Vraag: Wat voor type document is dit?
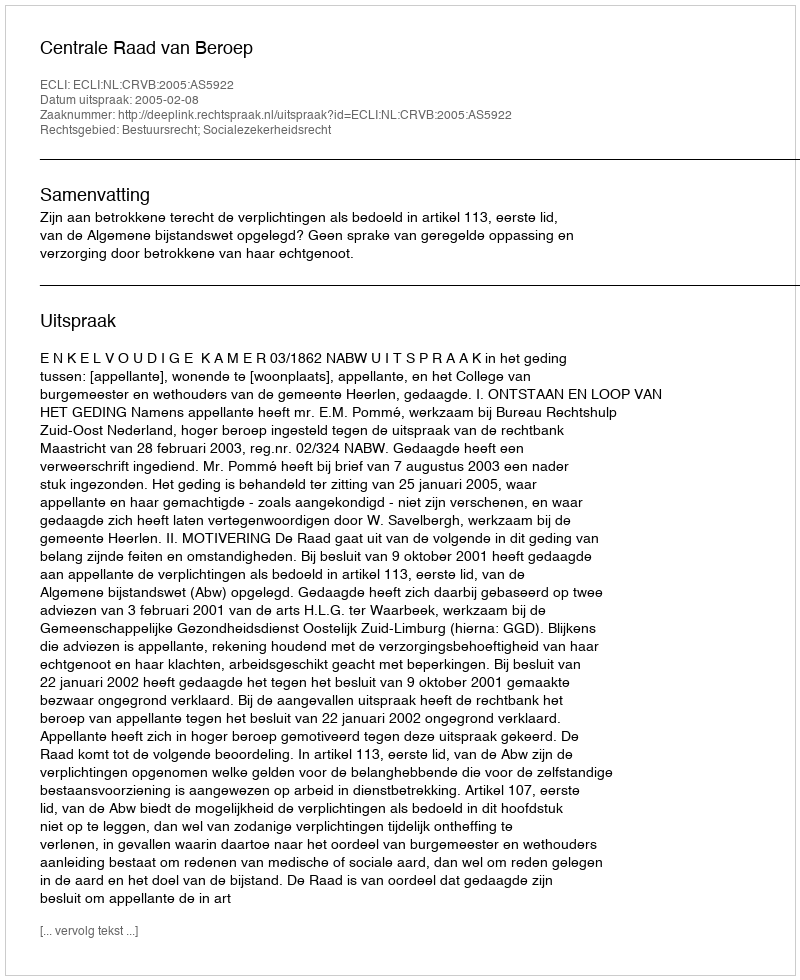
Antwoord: Uitspraak